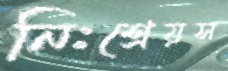
নিঃশ্রেয়স